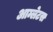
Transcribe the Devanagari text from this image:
आम्लेटस